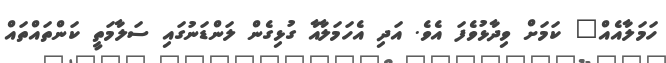
ހަމަލާއެއް" ކަމަށް ވިދާޅުވެފަ އެވެ. އަދި އެހަމަލާއާ ގުޅިގެން ލަންޑަނުގައި ސަލާމަތީ ކަންތައްތައް